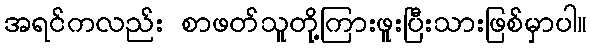
အရင်ကလည်း စာဖတ်သူတို့ကြားဖူးပြီးသားဖြစ်မှာပါ။